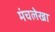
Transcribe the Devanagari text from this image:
मंचलेखा